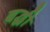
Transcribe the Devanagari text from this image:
बद्धी